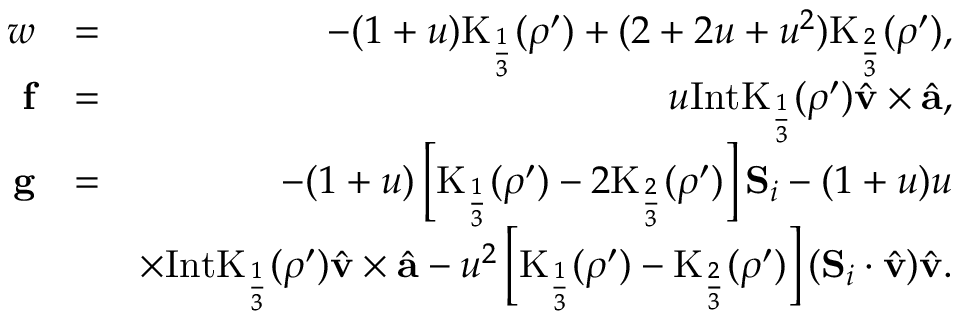
\begin{array} { r l r } { w } & { = } & { - ( 1 + u ) \mathrm { K } _ { \frac { 1 } { 3 } } ( \rho ^ { \prime } ) + ( 2 + 2 u + u ^ { 2 } ) \mathrm { K } _ { \frac { 2 } { 3 } } ( \rho ^ { \prime } ) , } \\ { \mathbf { f } } & { = } & { u \mathrm { I n t K } _ { \frac { 1 } { 3 } } ( \rho ^ { \prime } ) \hat { { \mathbf v } } \times \hat { { \mathbf a } } , } \\ { \mathbf { g } } & { = } & { - ( 1 + u ) \left[ \mathrm { K } _ { \frac { 1 } { 3 } } ( \rho ^ { \prime } ) - 2 \mathrm { K } _ { \frac { 2 } { 3 } } ( \rho ^ { \prime } ) \right] \mathbf { S } _ { i } - ( 1 + u ) u } \\ & { } & { \times \mathrm { I n t K } _ { \frac { 1 } { 3 } } ( \rho ^ { \prime } ) \hat { { \mathbf v } } \times \hat { { \mathbf a } } - u ^ { 2 } \left[ \mathrm { K } _ { \frac { 1 } { 3 } } ( \rho ^ { \prime } ) - \mathrm { K } _ { \frac { 2 } { 3 } } ( \rho ^ { \prime } ) \right] ( \mathbf { S } _ { i } \cdot \hat { { \mathbf v } } ) \hat { { \mathbf v } } . } \end{array}